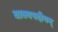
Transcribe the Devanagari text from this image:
वाक्यपदीयम्